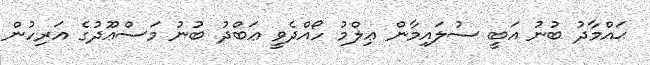
ޙައްމާދު ބުނު އަބީ ސުލައިމާން ޢިލްމު ހޯއްދެވީ ޢަބްދު ބުނު މަސްޢޫދުގެ އަރިހުން